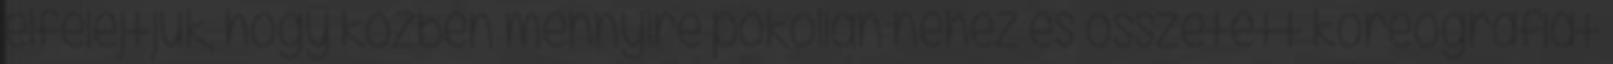
elfelejtjük, hogy közben mennyire pokolian nehéz és összetett koreográfiát